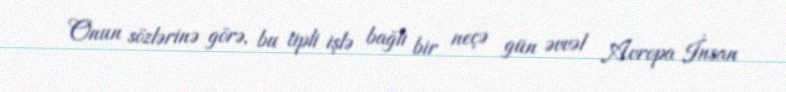
Onun sözlərinə görə, bu tipli işlə bağlı bir neçə gün əvvəl Avropa İnsan